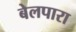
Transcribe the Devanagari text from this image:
बेलपारा